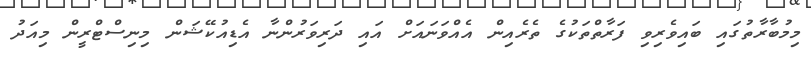
މިމުބާރާތުގައި ބައިވެރިވި ފަރާތްތަކުގެ ތެރެއިން އެއްވަނައަށް އައި ދަރިވަރުންނާ އެޑިއުކޭޝަން މިނިސްޓްރީން މިއަދު